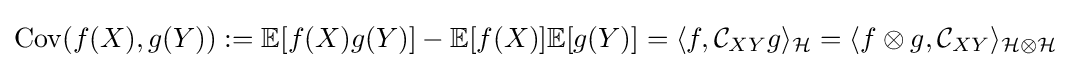
\operatorname {Cov} (f(X),g(Y)):=\mathbb {E} [f(X)g(Y)]-\mathbb {E} [f(X)]\mathbb {E} [g(Y)]=\langle f,{\mathcal {C}}_{XY}g\rangle _{\mathcal {H}}=\langle f\otimes g,{\mathcal {C}}_{XY}\rangle _{{\mathcal {H}}\otimes {\mathcal {H}}}